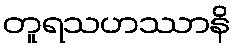
တူရသဟဿာနိ